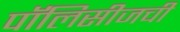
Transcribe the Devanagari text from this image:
पॉलिसीजची